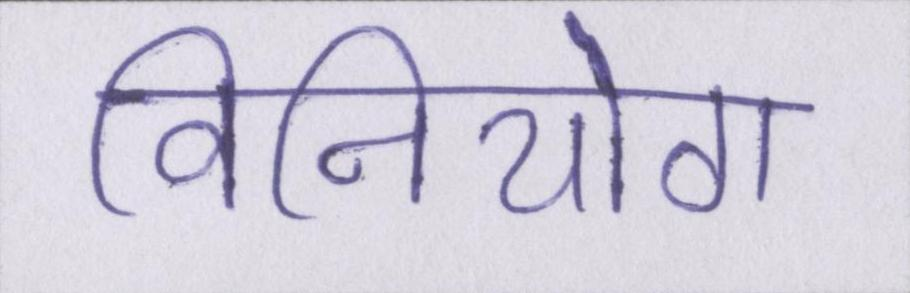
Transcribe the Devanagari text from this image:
विनियोग